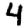
Digit: 4